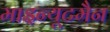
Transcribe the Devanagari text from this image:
माइन्यूटमैन